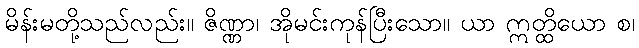
မိန်းမတို့သည်လည်း။ ဇိဏ္ဏာ၊ အိုမင်းကုန်ပြီးသော။ ယာ ဣတ္ထိယော စ၊